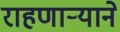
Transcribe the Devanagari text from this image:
राहणार्‍याने